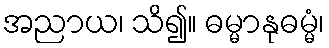
အညာယ၊ သိ၍။ ဓမ္မာနုဓမ္မံ၊